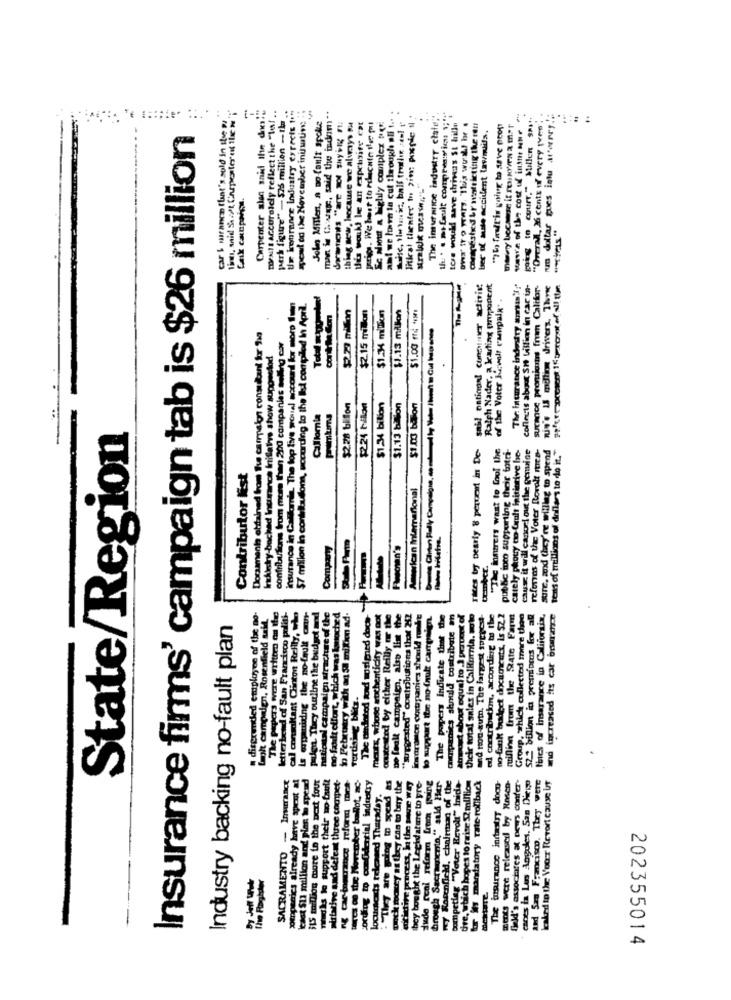
- 526 million - th ..
Ur krourance Industry expects to
apcal od the November iniative
car & miranem that's sold in itse pr
nimi, said Soit Carpenter of The
Carpenter slan said Ihn dvs
waist Accorolcly reflect the "lef ..
John Miller, a no fault spoke
man is Whatage, said the indom **
So won a highly complex new
ant we losen ta cut through ali t ...
litirat thenfer to Pin: pospie 1 .
The insurance industry clate;".
tore would save driveas St hille
saw'e of the cost of intthe Ne
na dollar gues intu aterry !;
thing sew, because we alucys
tis would le an expetsite eat
..
carpesie dur watsieting the rent
ber of auto accident lawmiils.
mowy because it ronen a mer
going to court." Millen SP.
"Overall, 26 cents of every (ven"
Insurance firms' campaign tab is $26 million
Caix canpain.
perk figure"
sail oatings! consumer activist
Ralph Nader, a karting proponent
The: insurance industry smsun'%!"
collects about SH billion in car in-
surance premiums fram Califor-
win's is million drivers. The
of the Voter Kvalt rampal" .
57 million in contribudons, sonording to the Ist complled In April.
$2.15 million
$1.00 fd **
$1.4 million
$1.13 million
Dorsamenis obtained from The carpeton consultant for 210
contributions from more than 200 companies selling car
insurance in Callon The top five woual mocound kor mo
Industry-backed Insurance initiativs show suggested
$2.28 billon
$224 tilon
$1.34 bilion
$1.13 bilion
$1.00 balon
California
State/Region
Tites by pearly 8 percent in De-
"The insurers want to fool the
pubke toco supporting their totri-
carely phouy to Cault initinive be-
cause it will canori out the genuine
referes of the Voter Rovali men
sure, and they're willing to spend
md increased tts car brsurance tens of millions of dollars to do it."
Contributor Nist
American International
Comparty
tember
The andetod sond sosigned doos"
disgruntled employee of the no-
letterband of San Francisco politi-
cal consultant Clinton Reilly, who
Is erpauizing the no-fault omn-
pulga. They online the budget and
national campaign strachuse of the
utrotfort, which was lanoched
Laght campaign, Rosenfield tata
to February with a Sa mixtim ad-
meuts, whose authenticity was not
outested by either Reilly er the
De fealt campalen, also lin the
"wurersted" contobutions that 242
to support te no fault campaign.
The papers indicate that the
companies should contribute an
medit about equal to _) peromet of
their total sales in Calkumla. solo
and non-auto. The largest sotto
ed contribution, according to the
no-fault taadect documents, Is 52 2
million from the State Farm
Group, which collected more than
52 billion in presioens for al
files of Insarance in Califorsix,
Industry backing no-fault plan
vertising blitz-
SACRAMENTO - Inurance
soeppedics already have spent al
HIS million more in the next four
mdks lo support their no-fault
ve und defeat three compet-
Odential industry
can to bury the
bey bought the Legidature to pre-
wy Rosenfield, chairman of the
ampetlag "Veter Revolt" Inids-
dre, which hopes to raise $2 million
for ily mandatory rate rollback
The insuranos indastry doon-
ments were released by Hasco-
field's associates at peurs confer-
canes is Los Angeles. San Diego
and Sma Francisco. They were
Laked to the Voor Revoit cause it
ng carinsurance reform met
e real reform from going
brough Sacramento," sald Her-
least $1 million and plas
cats teleaned Thursday.
pock moscy tt they to
202355014